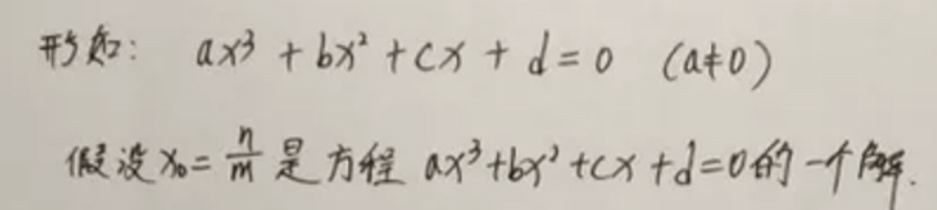
&形式：\(ax^{3}+bx^{2}+cx + d = 0\)\quad(a\neq0)\)\\
&假设\(x_{0}=\frac{n}{m}\)是方程\(ax^{3}+bx^{2}+cx + d = 0\)的一个解.